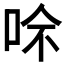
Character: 𠲇